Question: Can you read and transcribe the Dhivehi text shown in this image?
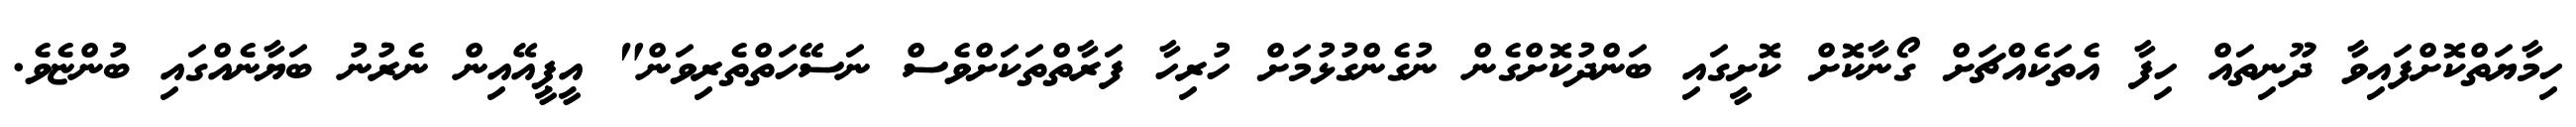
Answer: ހިމާޔަތްކޮށްފައިވާ ދޫނިތައް ހިފާ އެތަކެއްޗަށް ގޯނާކޮށް ކޮށީގައި ބަންދުކޮށްގެން ނުގެންގުޅުމަށް ހުރިހާ ފަރާތްތަކަށްވެސް ނަސޭހަތްތެރިވަން" އީޕީއޭއިން ނެރުނު ބަޔާނެއްގައި ބުންޏެވެ.